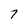
Character: 7